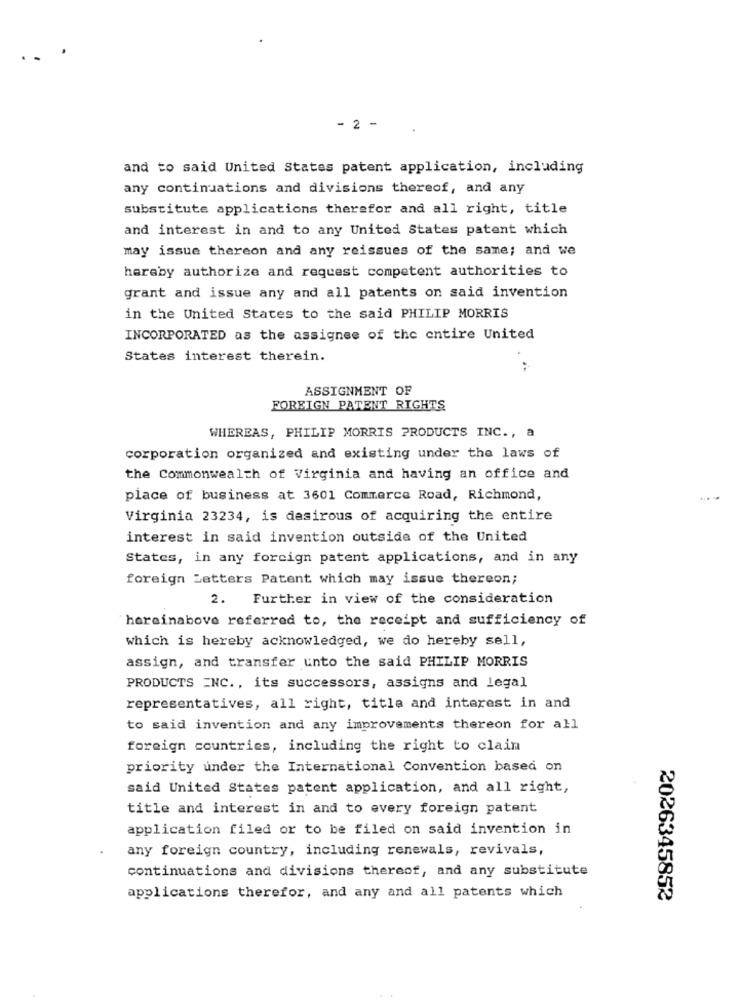
. .
- 2 -
and to said United States patent application, including
any continuations and divisions thereof, and any
substitute applications therefor and all right, title
and interest in and to any United States patent which
may issue thereon and any reissues of the same; and we
haraby authorize and request competent authorities to
grant and issue any and all patents on said invention
in the United States to the said PHILIP MORRIS
INCORPORATED as the assignee of the entire United
States interest therein.
ASSIGNMENT OF
FOREIGN PATENT RIGHTS
WHEREAS, PHILIP MORRIS PRODUCTS INC ., a
corporation organized and existing under the laws of
the Commonwealth of Virginia and having an office and
place of business at 3601 Commerce Road, Richmond,
Virginia 23234, is desirous of acquiring the entire
interest in said invention outside of the United
States, in any foreign patent applications, and in any
foreign Zetters Patent which may issue thereon;
2. Further in view of the consideration
hereinabove referred to, the receipt and sufficiency of
which is hereby acknowledged, we do hereby sell,
assign, and transfer unto the said PHILIP MORRIS
PRODUCTS INC ., its successors, assigns and legal
representatives, all right, title and interest in and
to said invention and any improvements thereon for all
foreign countries, including the right to claim
priority under the International Convention based on
said United States patent application, and all right,
title and interest in and to every foreign patent
application filed or to be filed on said invention in
any foreign country, including renewals, revivals,
continuations and divisions thereof, and any substitute
applications therefor, and any and all patents which
2026345852